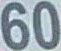
60